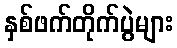
နှစ်ဖက်တိုက်ပွဲများ